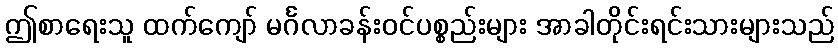
ဤစာရေးသူ ထက်ကျော် မင်္ဂလာခန်းဝင်ပစ္စည်းများ အာခါတိုင်းရင်းသားများသည်